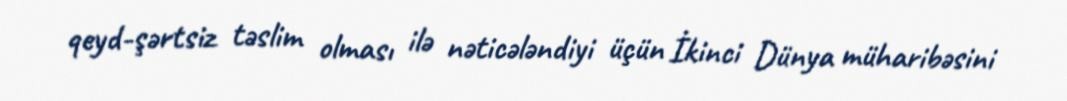
qeyd-şərtsiz təslim olması ilə nəticələndiyi üçün İkinci Dünya müharibəsini